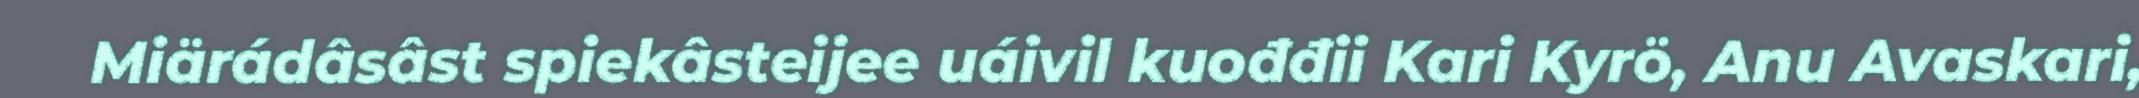
Miärádâsâst spiekâsteijee uáivil kuođđii Kari Kyrö, Anu Avaskari,